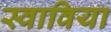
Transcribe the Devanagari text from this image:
स्वाविया